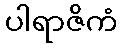
ပါရာဇိကံ